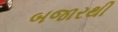
બજારથી